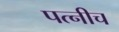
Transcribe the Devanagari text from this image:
पत्नीच